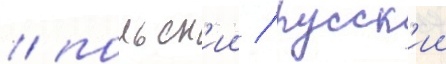
/ польск'ии / русск'ии